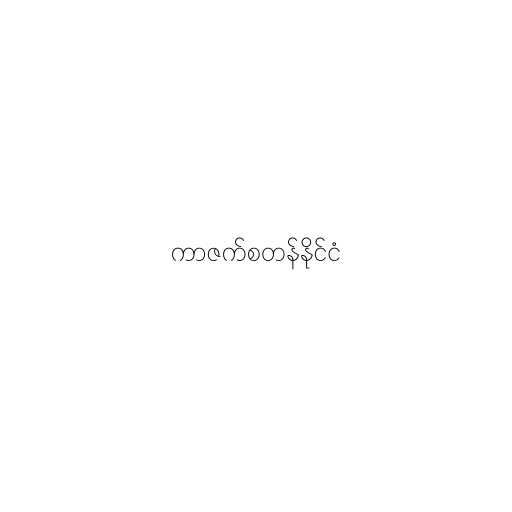
ကာဇက်စတန်နိုင်ငံ